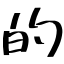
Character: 的